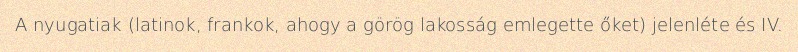
A nyugatiak (latinok, frankok, ahogy a görög lakosság emlegette őket) jelenléte és IV.